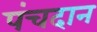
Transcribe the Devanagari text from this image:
पंचदान